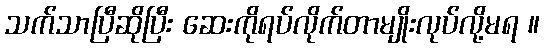
သက်သာပြီဆိုပြီး ဆေးကိုရပ်လိုက်တာမျိုးလုပ်လို့မရ ။